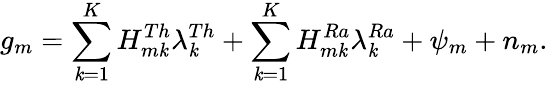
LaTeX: g_{m}=\sum_{\mathit{k}=1}^{K}H_{m\mathit{k}}^{Th}\lambda_{\mathit{k}}^{Th}+\sum_{\mathit{k}=1}^{K}H_{m\mathit{k}}^{Ra}\lambda_{\mathit{k}}^{Ra}+\psi_{m}+n_{m}.